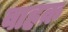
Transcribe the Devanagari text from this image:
वाहक़